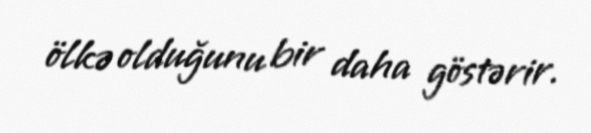
ölkə olduğunu bir daha göstərir.